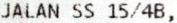
JALAN SS 15/4B,